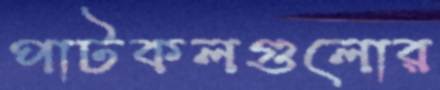
পাটকলগুলোর